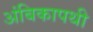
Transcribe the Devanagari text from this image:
अंबिकापथी